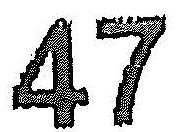
47